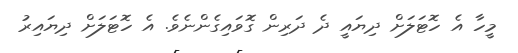
މީހާ އެ ހޮޓަލަށް ދިޔައީ ދެ ދަރިން ގޮވައިގެންނެވެ. އެ ހޮޓަލަށް ދިޔައިރު